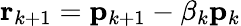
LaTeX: \mathbf{r}_{k+1}=\mathbf{p}_{k+1}-\mathbf{\beta}_{k}\mathbf{p}_{k}